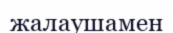
жалаушамен